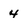
Character: 4